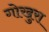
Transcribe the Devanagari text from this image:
गोखुरा